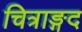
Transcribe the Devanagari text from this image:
चित्राङ्गद